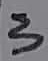
Text: 3